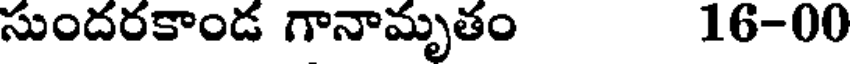
సుందరకాండ గానామృతం 16-00